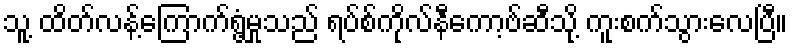
သူ့ ထိတ်လန့်ကြောက်ရွံ့မှုသည် ရပ်စ်ကိုလ်နီကော့ဗ်ဆီသို့ ကူးစက်သွားလေပြီ။